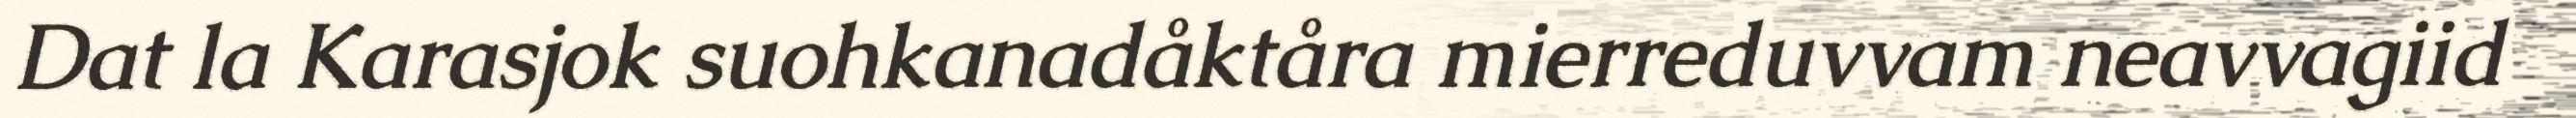
Dat la Karasjok suohkanadåktåra mierreduvvam neavvagiid